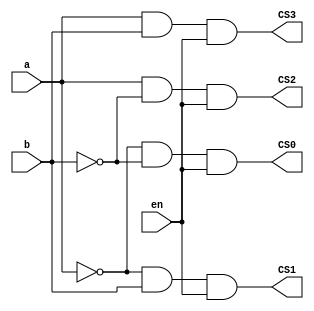
module RamDecoder(a,b,en,CS0,CS1,CS2,CS3);

input a;
input b;
input en;

output  CS0,CS1,CS2,CS3; 

assign CS0= (~a) & (~b) & en;
assign CS1= (~a) & b & en;
assign CS2= a & (~b) & en;
assign CS3= a & b & en;

endmodule